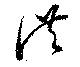
洪